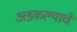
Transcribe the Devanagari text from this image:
अडकल्याचे